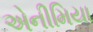
એનીમિયા